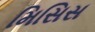
મિસિસ